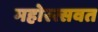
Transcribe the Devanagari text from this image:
महोस्त्सवत